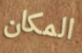
المكان